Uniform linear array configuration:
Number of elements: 48
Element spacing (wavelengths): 1
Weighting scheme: cosine
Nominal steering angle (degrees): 0
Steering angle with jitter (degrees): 0.05778
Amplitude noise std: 0.05
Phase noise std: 0.05

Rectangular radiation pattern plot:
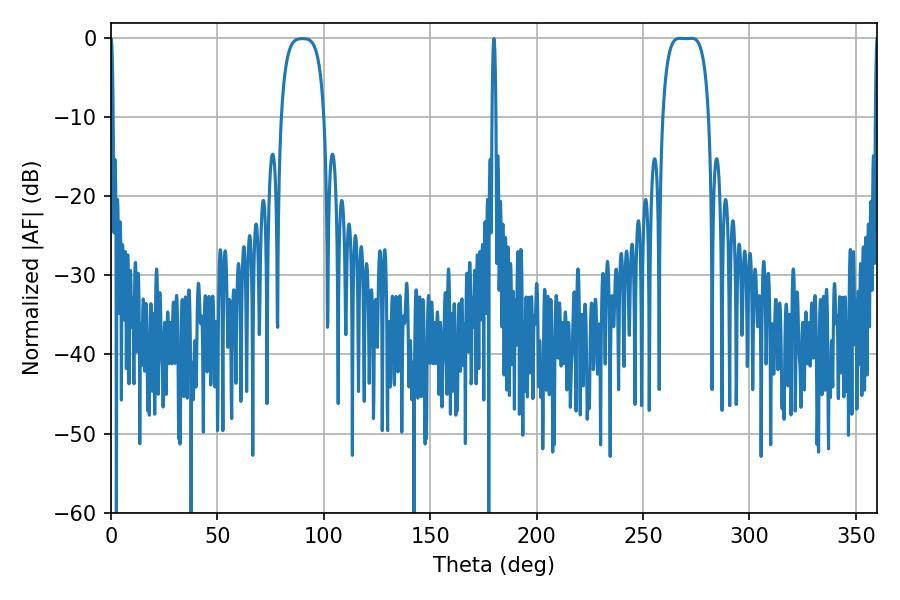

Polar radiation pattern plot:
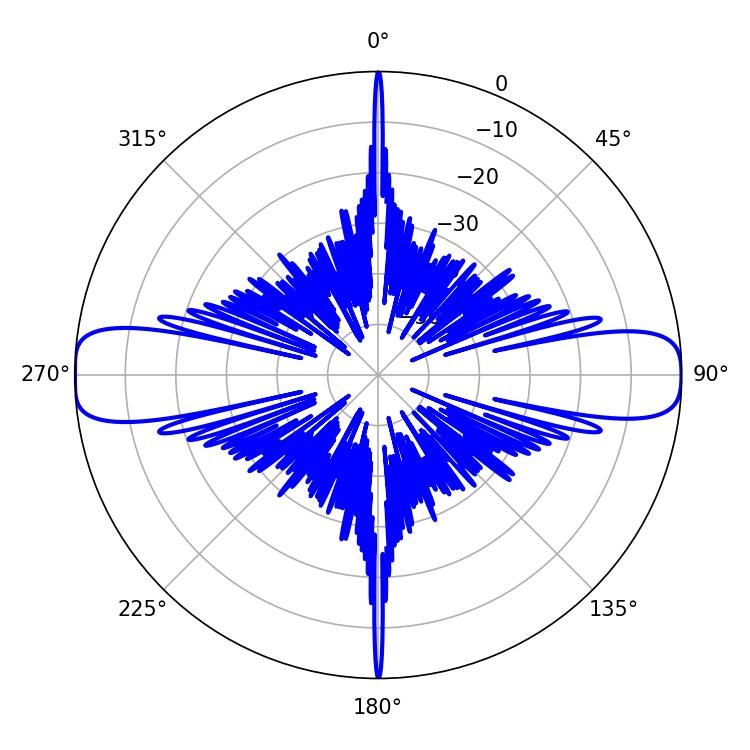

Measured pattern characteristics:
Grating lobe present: TRUE
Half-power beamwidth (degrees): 16.56
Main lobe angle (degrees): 267.3